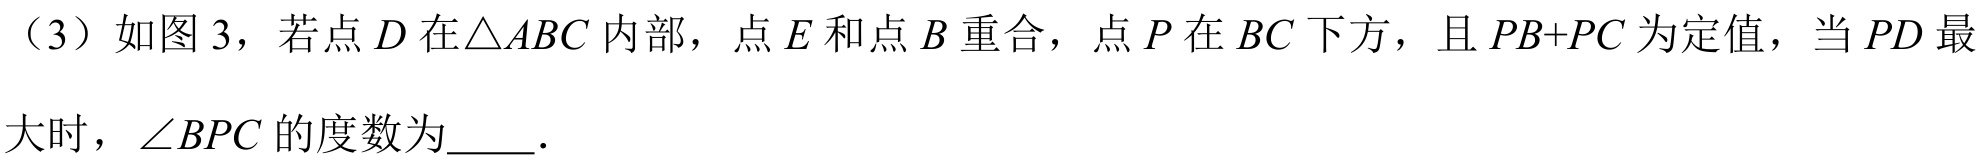
（3）如图 3，若点\(D\)在\(\triangle ABC\)内部，点\(E\)和点\(B\)重合，点\(P\)在\(BC\)下方，且\(PB + PC\)为定值，当\(PD\)最大时，\(\angle BPC\)的度数为  .